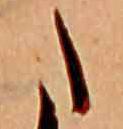
た